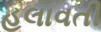
હલાવતી